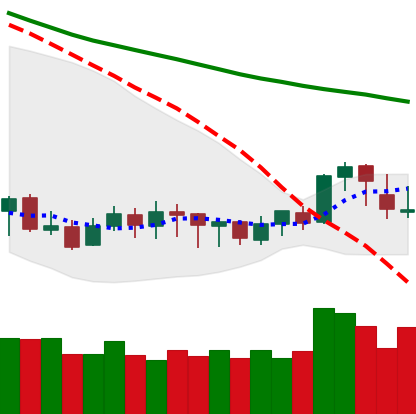
Ticker: XLM-USD
Chart end date: 2020-01-10
Forward return: 18.075%
Label: up_7plus